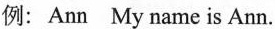
例:Ann My name is Ann.